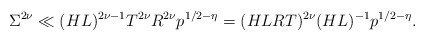
\begin{align*}\Sigma^{2\nu} \ll (HL)^{2\nu -1}T^{2\nu} R^{2\nu} p^{1/2-\eta}= (HLRT)^{2\nu} (HL)^{-1}p^{1/2-\eta}. \end{align*}